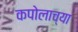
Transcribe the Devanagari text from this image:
कपोलाच्या